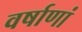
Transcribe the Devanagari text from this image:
वर्षाणां